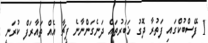
1 ފޭސްބުކްގައި ފަތުރާ ދޮގު ޚަބަރުތައް ދަނެގަންނާނެ ފީޗާ އެއް ތައާރަފް ކުރަނީ